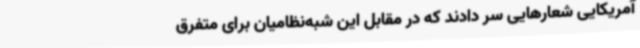
آمریکایی شعارهایی سر دادند که در مقابل این شبه‌نظامیان برای متفرق